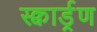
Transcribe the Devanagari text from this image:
स्क्वार्ड्रण